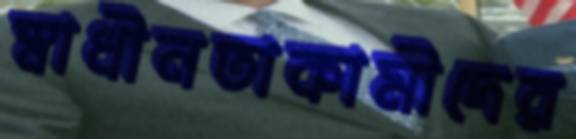
স্বাধীনতাকামীদের